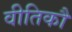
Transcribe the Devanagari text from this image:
वीतिकौ